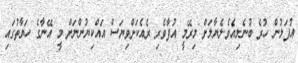
އުފަލުން ހުރެ ބުނެލިއެވެ.ލެޔާލަށް މިރޭމީ އުފާވެރި ރެއެކަށްވިޔަސް އައްކިޔުންނަށް މީ އޭނާގެ ހަޔާތުގައި